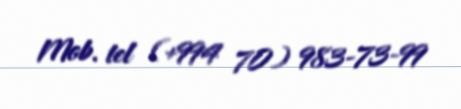
Mob. tel (+994 70) 983-73-99